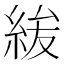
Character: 𮈐